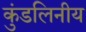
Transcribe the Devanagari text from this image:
कुंडलिनीय